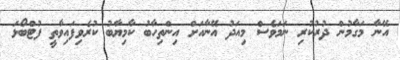
އޭނާ މަގާމުން ދުރުކުރި ނަމަވެސް މިއަދު އޭނާއަށް އިންތިހާބު ކާމިޔާބު ކުރެވިފައިވާތީ ފުޓްބޯޅަ